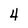
Character: 4